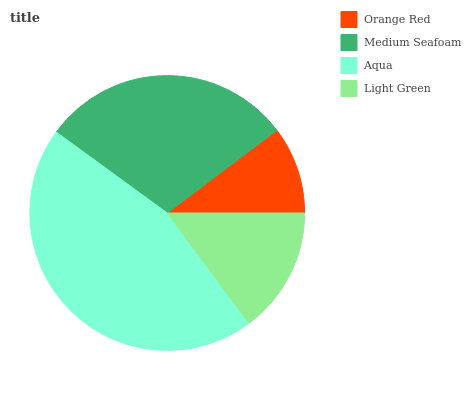
| Orange Red | Medium Seafoam | Aqua | Light Green |
 | --- | --- | --- | --- |
 | 10.3% | 29.7% | 45.2% | 14.8% |